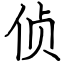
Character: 侦